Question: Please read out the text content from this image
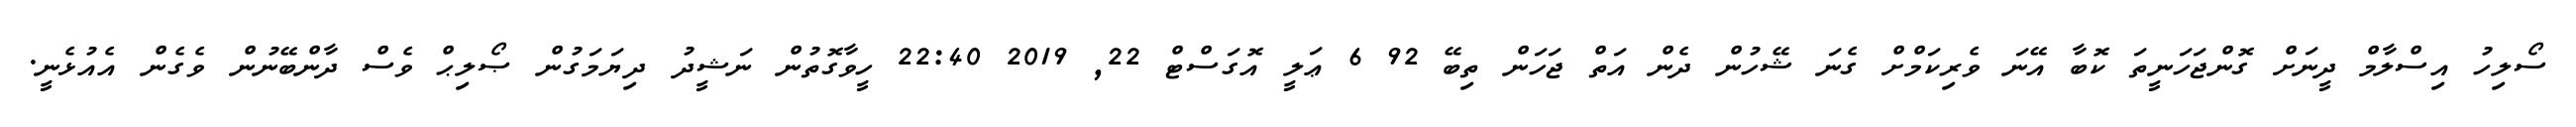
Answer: ސޯލިހު އިސްލާމް ދީނަށް ގޮންޖަހަނީތަ ކޮބާ އޭނަ ވެރިކަމްށް ގެނަ ޝޭހުން ދެން އަތް ޖަހަން ތިބޭ 92 6 ޢަލީ އޮގަސްޓް 22, 2019 22:40 ހީވާގޮތުން ނަޝީދު ދިޔަމަގުން ޞޯލިޙް ވެސް ދާންބޭނުން ވެގެން އެއުޅެނީ.